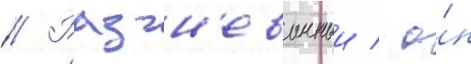
// Разгн'еванныи / о́н